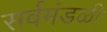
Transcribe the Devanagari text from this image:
सर्वमंडळी